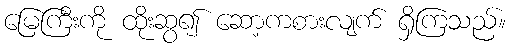
မြေကြီးကို ထိုးဆွ၍ ဆော့ကစားလျက် ရှိကြသည်။